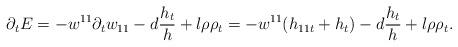
LaTeX: \begin{align*}\partial_{t}E=-w^{11}\partial_{t}w_{11}-d\frac{h_{t}}{h}+l\rho\rho_{t}=-w^{11}(h_{11t}+h_{t})-d\frac{h_{t}}{h}+l\rho\rho_{t}.\end{align*}